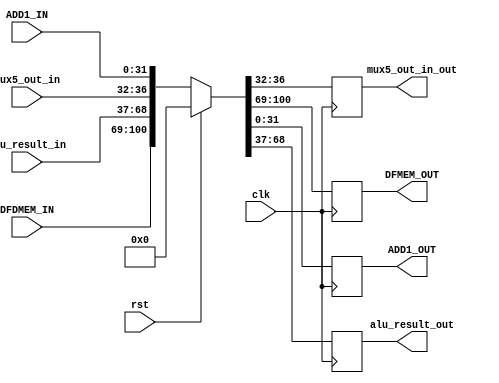
`timescale 1ns/1ns
module MEM_WB_MAIN(clk, rst, DFDMEM_IN,
 alu_result_in, mux5_out_in, ADD1_IN,
 DFMEM_OUT, alu_result_out, mux5_out_in_out, ADD1_OUT);
    input clk, rst;
    input [4:0] mux5_out_in;
    input [31:0] DFDMEM_IN,alu_result_in,ADD1_IN;
    output reg [4:0] mux5_out_in_out;
    output reg [31:0] DFMEM_OUT,ADD1_OUT,alu_result_out;
    always @(posedge clk) begin
        if (rst)
            {DFMEM_OUT, alu_result_out, mux5_out_in_out, ADD1_OUT} <= {32'b0, 32'b0, 5'b0, 32'b0};
        else
            {DFMEM_OUT, alu_result_out, mux5_out_in_out, ADD1_OUT} <= {DFDMEM_IN, alu_result_in, mux5_out_in, ADD1_IN};
    end
endmodule